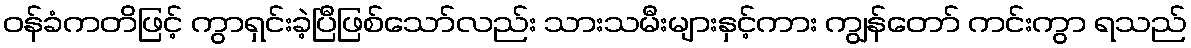
ဝန်ခံကတိဖြင့် ကွာရှင်းခဲ့ပြီဖြစ်သော်လည်း သားသမီးများနှင့်ကား ကျွန်တော် ကင်းကွာ ရသည်